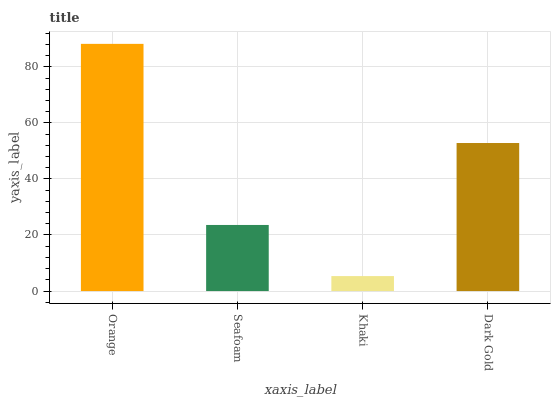
| xaxis_label | bars |
 | --- | --- |
 | Orange | 88.2 |
 | Seafoam | 23.6 |
 | Khaki | 5.34 |
 | Dark Gold | 52.8 |